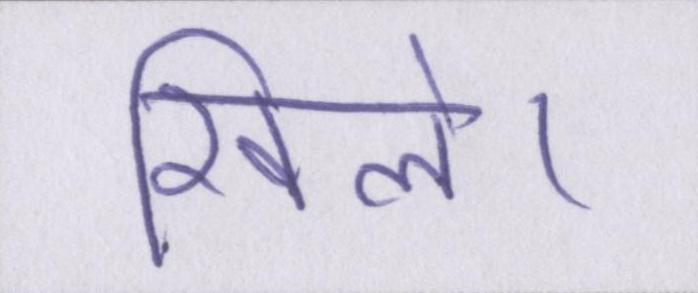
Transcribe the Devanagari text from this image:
खिले।